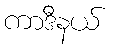
ကာဒီနယ်